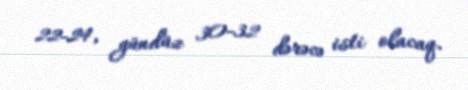
22-24, gündüz 30-32 dərəcə isti olacaq.